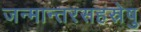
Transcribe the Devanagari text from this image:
जन्मान्तरसहस्रेषु